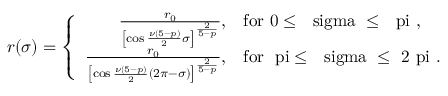
r ( \sigma ) = \left\{ \begin{array} { r l } { { \frac { r _ { 0 } } { \left[ \cos \frac { \nu ( 5 - p ) } { 2 } \sigma \right] ^ { \frac { 2 } { 5 - p } } } , } } & { { \mathrm { f o r ~ 0 \le ~ \ s i g m a ~ \le ~ \ p i ~ , } } } \\ { { \frac { r _ { 0 } } { \left[ \cos \frac { \nu ( 5 - p ) } { 2 } ( 2 \pi - \sigma ) \right] ^ { \frac { 2 } { 5 - p } } } , } } & { { \mathrm { f o r ~ \ p i \le ~ \ s i g m a ~ \le ~ 2 \ p i ~ . } } } \end{array} \right.